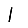
Digit: 1